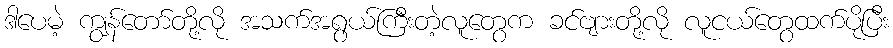
ဒါပေမဲ့ ကျွန်တော်တို့လို အသက်အရွယ်ကြီးတဲ့လူတွေက ခင်ဗျားတို့လို လူငယ်တွေထက်ပိုပြီး